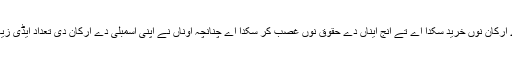
کوئ شخص یا گروہ پیسے دے ذریعے ایناں دی اسمبلی دے ارکان نوں خرید سکدا اے تے انج ایناں دے حقوق نوں غصب کر سکدا اے چنانچہ اوناں نے اپنی اسمبلی دے ارکان دی تعداد ایڈی زیادہ کر دتی کہ کوئ اوناں نوں خریدن دا سوچ وی نہیں سکدا۔